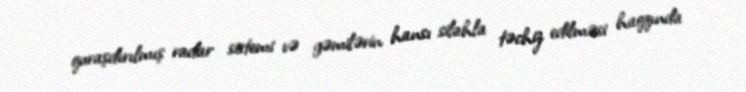
quraşdırılmış radar sistemi və gəmilərin hansı silahla təchiz edilməsi haqqında